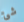
شئ